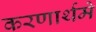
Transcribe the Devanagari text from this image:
करणार्थमे